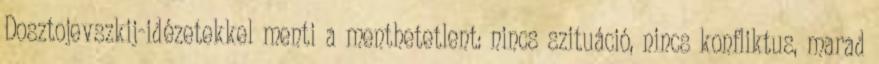
Dosztojevszkij-idézetekkel menti a menthetetlent: nincs szituáció, nincs konfliktus, marad